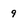
Character: 9